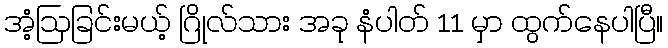
အံ့ဩခြင်းမယ့် ဂြိုလ်သား အခု နံပါတ် 11 မှာ ထွက်နေပါပြီ။